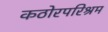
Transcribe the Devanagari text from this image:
कठोरपरिश्रम